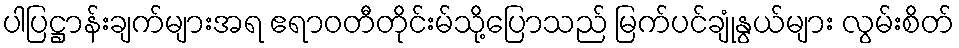
ပါပြဋ္ဌာန်းချက်များအရ ဧရာဝတီတိုင်းမ်သို့ပြောသည် မြက်ပင်ချုံနွယ်များ လွမ်းစိတ်